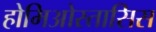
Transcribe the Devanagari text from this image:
होमिओस्तासिस